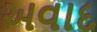
અવાદ